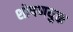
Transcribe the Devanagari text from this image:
शोषणयुक्त